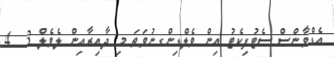
އެޑްވާންސް ސެޓުފިކެޓު އިން ވެލްޑިންގނުވަތަ މި ދާއިރާއިން ލެވެލް 3  4